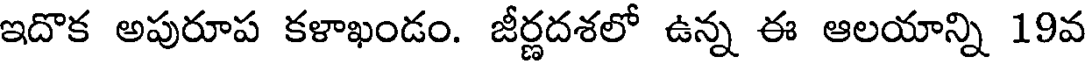
ఇదొక అపురూప కళాఖండం. జీర్ణదశలో ఉన్న ఈ ఆలయాన్ని 19వ